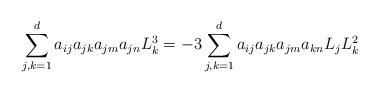
LaTeX: \begin{align*}\sum_{j,k=1}^d a_{ij} a_{jk} a_{jm} a_{jn} L_k^3= - 3\sum_{j,k=1}^d a_{ij} a_{jk} a_{jm} a_{kn} L_j L_k^2\end{align*}